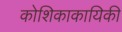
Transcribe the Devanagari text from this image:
कोशिकाकायिकी